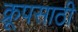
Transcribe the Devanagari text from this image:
क्रूपसाठी